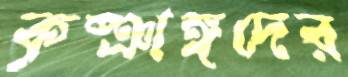
কৃষ্ঞাঙ্গদের